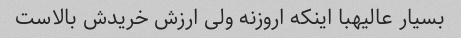
بسیار عالیهبا اینکه اروزنه ولی ارزش خریدش بالاست